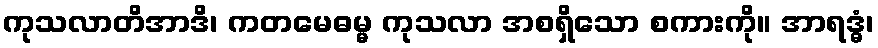
ကုသလာတိအာဒိ၊ ကတမေဓမ္မ ကုသလာ အစရှိသော စကားကို။ အာရဒ္ဓံ၊